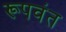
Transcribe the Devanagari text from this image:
रूपवंत